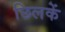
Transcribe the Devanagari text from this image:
छिलकें